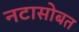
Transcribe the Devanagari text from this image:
नटासोबत